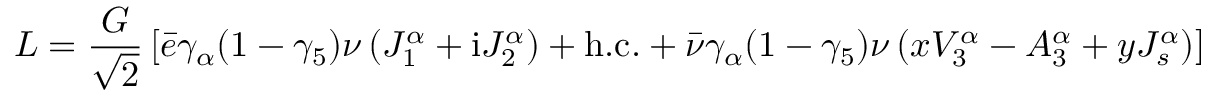
{ \cal L } = \frac { G } { \sqrt { 2 } } \left[ \bar { e } \gamma _ { \alpha } ( 1 - \gamma _ { 5 } ) \nu \left( J _ { 1 } ^ { \alpha } + { \mathrm { i } } J _ { 2 } ^ { \alpha } \right) + \mathrm { h . c . } + \bar { \nu } \gamma _ { \alpha } ( 1 - \gamma _ { 5 } ) \nu \left( x V _ { 3 } ^ { \alpha } - A _ { 3 } ^ { \alpha } + y J _ { s } ^ { \alpha } \right) \right]